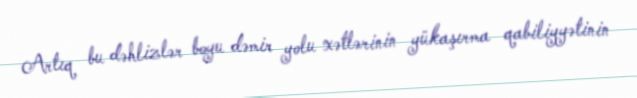
Artıq bu dəhlizlər boyu dəmir yolu xətlərinin yükaşırma qabiliyyətinin